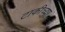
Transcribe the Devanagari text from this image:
टाकीच्या